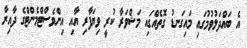
އެ ބައްދަލުވުމުގައި މައިގަނޑު ގޮތެއްގައި މަޝްވަރާ ކުރީ ވިޔަފާރި އާއި އިންވެސްޓްމެންޓްގެ ދާއިރާ